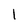
Character: 1